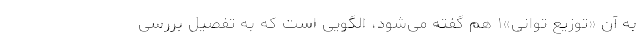
به آن «توزیع توانی»۱ هم گفته می‌شود، الگویی است که به تفصیل بررسی